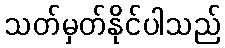
သတ်မှတ်နိုင်ပါသည်